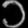
Digit: ၁